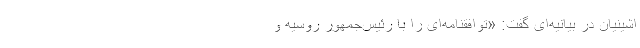
اشینیان در بیانیه‌ای گفت: «توافقنامه‌ای را با رئیس‌جمهور روسیه و